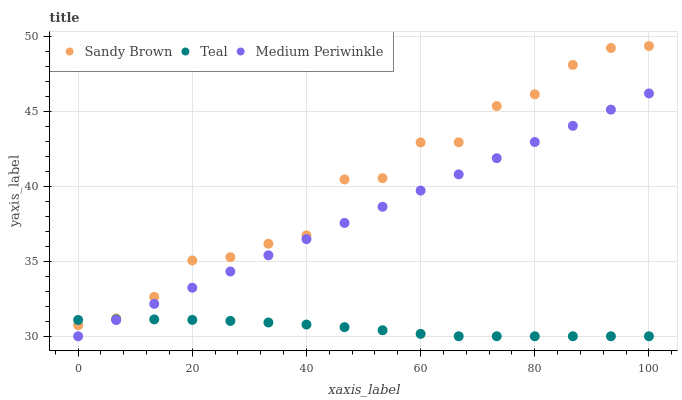
| xaxis_label | Sandy Brown | Teal | Medium Periwinkle |
 | --- | --- | --- | --- |
 | 0 | 30.7 | 31.1 | 30 |
 | 6.67 | 31.2 | 31.1 | 31.1 |
 | 13.3 | 32.6 | 31.1 | 32.2 |
 | 20 | 35.1 | 31.1 | 33.2 |
 | 26.7 | 35.3 | 31 | 34.3 |
 | 33.3 | 36.2 | 30.9 | 35.4 |
 | 40 | 36.7 | 30.8 | 36.5 |
 | 46.7 | 40.5 | 30.6 | 37.6 |
 | 53.3 | 40.6 | 30.4 | 38.6 |
 | 60 | 42.9 | 30.2 | 39.7 |
 | 66.7 | 43 | 30 | 40.8 |
 | 73.3 | 45.4 | 30 | 41.9 |
 | 80 | 46.2 | 30 | 43 |
 | 86.7 | 48.1 | 30 | 44.1 |
 | 93.3 | 49.2 | 30 | 45.1 |
 | 100 | 49.4 | 30 | 46.2 |